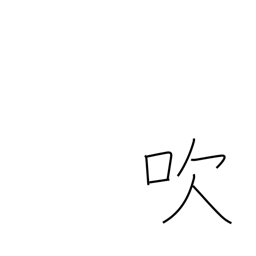
Meaning: emit